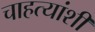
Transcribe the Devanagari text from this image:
चाहत्यांशी